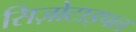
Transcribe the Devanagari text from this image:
सिज़ोटाइपल